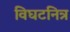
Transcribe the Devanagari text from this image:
विघटनित्र